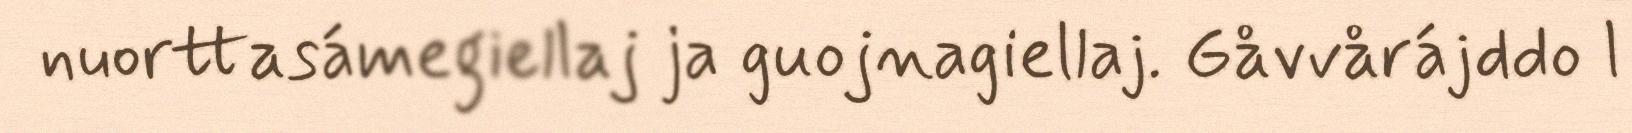
nuorttasámegiellaj ja guojnagiellaj. Gåvvårájddo l